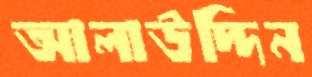
আলাউদ্দিন